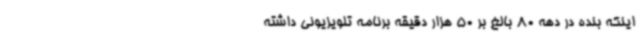
اینکه بنده در دهه 80 بالغ بر 50 هزار دقیقه برنامه تلویزیونی داشته